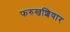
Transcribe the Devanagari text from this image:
फरुखशियार